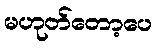
မဟုတ်တော့ပေ